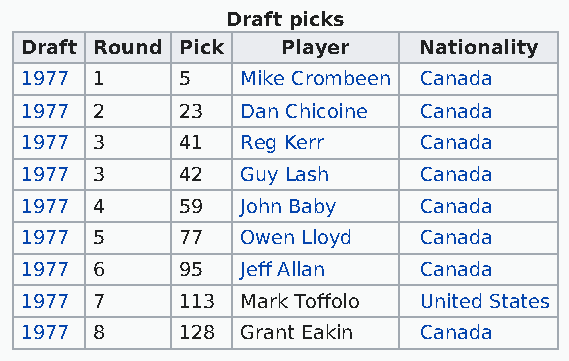
Draft picks
 Draft Round Pick  Player   Nationality
 1977 1     5   Mike Crombeen Canada
 1977 2     23  Dan Chicoine Canada
 1977 3     41  Reg Kerr    Canada
 1977 3     42  Guy Lash    Canada
 1977 4     59  John Baby   Canada
 1977 5     77  Owen Lloyd  Canada
 1977 6     95  Jeff Allan  Canada
 1977 7     113 Mark Toffolo United States
 1977 8     128 Grant Eakin Canada